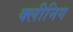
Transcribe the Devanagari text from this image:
क्लीनिग